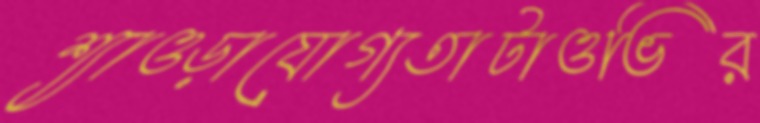
শ্যাওড়াযোগ্যতাটাওভির